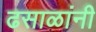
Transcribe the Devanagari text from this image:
ढसाळांनी